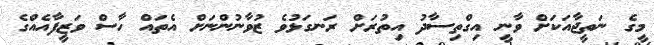
މީގެ ނަތީޖާއަކަށް ވާނީ އިގްތިސާދު އިތުރަށް ރަނގަޅުވެ ޒުވާނުންނަށް އެތައް ހާސް ވަޒީފާއެއްގެ